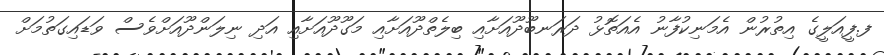
ފ.ފީއަލީގެ އިތުރުން އެމަނިކުފާނު އެއަތޮޅު ދަރަނބޫދޫއަށާއި ބިލެތްދޫއަށާއި މަގޫދޫއަށާއި އަދި ނިލަންދޫއަށްވެސް ވަޑައިގަތުމަށް